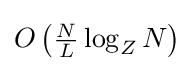
O\left({\tfrac {N}{L}}\log _{Z}N\right)